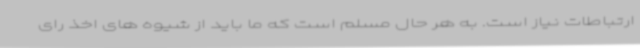
ارتباطات نیاز است. به هر حال مسلم است که ما باید از شیوه های اخذ رای